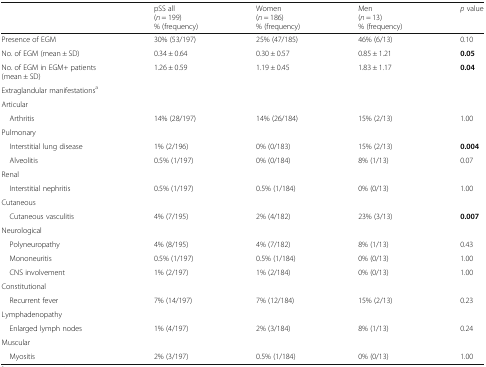
<table><thead><tr><td></td><td><b>pSS all (<i>n</i> = 199)% (frequency)</b></td><td><b>Women (<i>n</i> = 186)% (frequency)</b></td><td><b>Men (<i>n</i> = 13)% (frequency)</b></td><td><b><i>p</i> value</b></td></tr></thead><tbody><tr><td>Presence of EGM</td><td>30% (53/197)</td><td>25% (47/185)</td><td>46% (6/13)</td><td>0.10</td></tr><tr><td>No. of EGM (mean ± SD)</td><td>0.34 ± 0.64</td><td>0.30 ± 0.57</td><td>0.85 ± 1.21</td><td><b>0.05</b></td></tr><tr><td>No. of EGM in EGM+ patients(mean ± SD)</td><td>1.26 ± 0.59</td><td>1.19 ± 0.45</td><td>1.83 ± 1.17</td><td><b>0.04</b></td></tr><tr><td colspan="5">Extraglandular manifestations<sup>a</sup></td></tr><tr><td colspan="5">Articular</td></tr><tr><td> Arthritis</td><td>14% (28/197)</td><td>14% (26/184)</td><td>15% (2/13)</td><td>1.00</td></tr><tr><td colspan="5">Pulmonary</td></tr><tr><td> Interstitial lung disease</td><td>1% (2/196)</td><td>0% (0/183)</td><td>15% (2/13)</td><td><b>0.004</b></td></tr><tr><td> Alveolitis</td><td>0.5% (1/197)</td><td>0% (0/184)</td><td>8% (1/13)</td><td>0.07</td></tr><tr><td colspan="5">Renal</td></tr><tr><td> Interstitial nephritis</td><td>0.5% (1/197)</td><td>0.5% (1/184)</td><td>0% (0/13)</td><td>1.00</td></tr><tr><td colspan="5">Cutaneous</td></tr><tr><td> Cutaneous vasculitis</td><td>4% (7/195)</td><td>2% (4/182)</td><td>23% (3/13)</td><td><b>0.007</b></td></tr><tr><td colspan="5">Neurological</td></tr><tr><td> Polyneuropathy</td><td>4% (8/195)</td><td>4% (7/182)</td><td>8% (1/13)</td><td>0.43</td></tr><tr><td> Mononeuritis</td><td>0.5% (1/197)</td><td>0.5% (1/184)</td><td>0% (0/13)</td><td>1.00</td></tr><tr><td> CNS involvement</td><td>1% (2/197)</td><td>1% (2/184)</td><td>0% (0/13)</td><td>1.00</td></tr><tr><td colspan="5">Constitutional</td></tr><tr><td> Recurrent fever</td><td>7% (14/197)</td><td>7% (12/184)</td><td>15% (2/13)</td><td>0.23</td></tr><tr><td colspan="5">Lymphadenopathy</td></tr><tr><td> Enlarged lymph nodes</td><td>1% (4/197)</td><td>2% (3/184)</td><td>8% (1/13)</td><td>0.24</td></tr><tr><td colspan="5">Muscular</td></tr><tr><td> Myositis</td><td>2% (3/197)</td><td>0.5% (1/184)</td><td>0% (0/13)</td><td>1.00</td></tr></tbody></table>